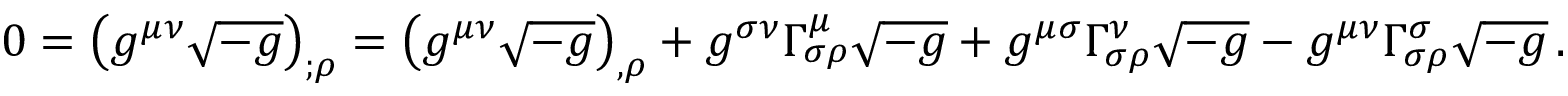
0 = \left( g ^ { \mu \nu } { \sqrt { - g } } \right) _ { ; \rho } = \left( g ^ { \mu \nu } { \sqrt { - g } } \right) _ { , \rho } + g ^ { \sigma \nu } \Gamma _ { \sigma \rho } ^ { \mu } { \sqrt { - g } } + g ^ { \mu \sigma } \Gamma _ { \sigma \rho } ^ { \nu } { \sqrt { - g } } - g ^ { \mu \nu } \Gamma _ { \sigma \rho } ^ { \sigma } { \sqrt { - g } } \, .